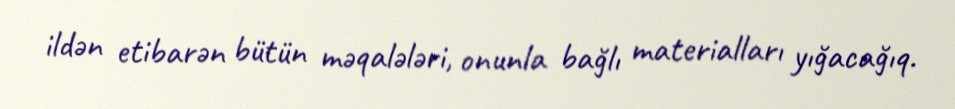
ildən etibarən bütün məqalələri, onunla bağlı materialları yığacağıq.